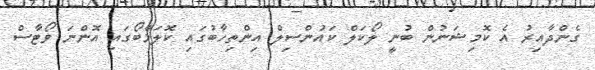
ގެންދާއިރު އެ ކޮމިޝަނުން ބުނީ ލޯކަލް ކައުންސިލް އިންތިހާބުގައި ކޮލަމްބޯގައި އޮންނަ ވޯޓާސް